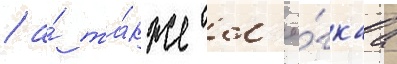
/ а́ та́кже л'ё́гкаа